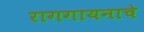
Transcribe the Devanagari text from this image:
रागगायनाचे